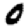
Digit: 0